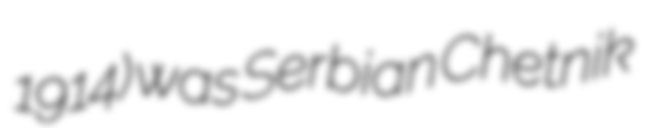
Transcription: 1914) was Serbian Chetnik